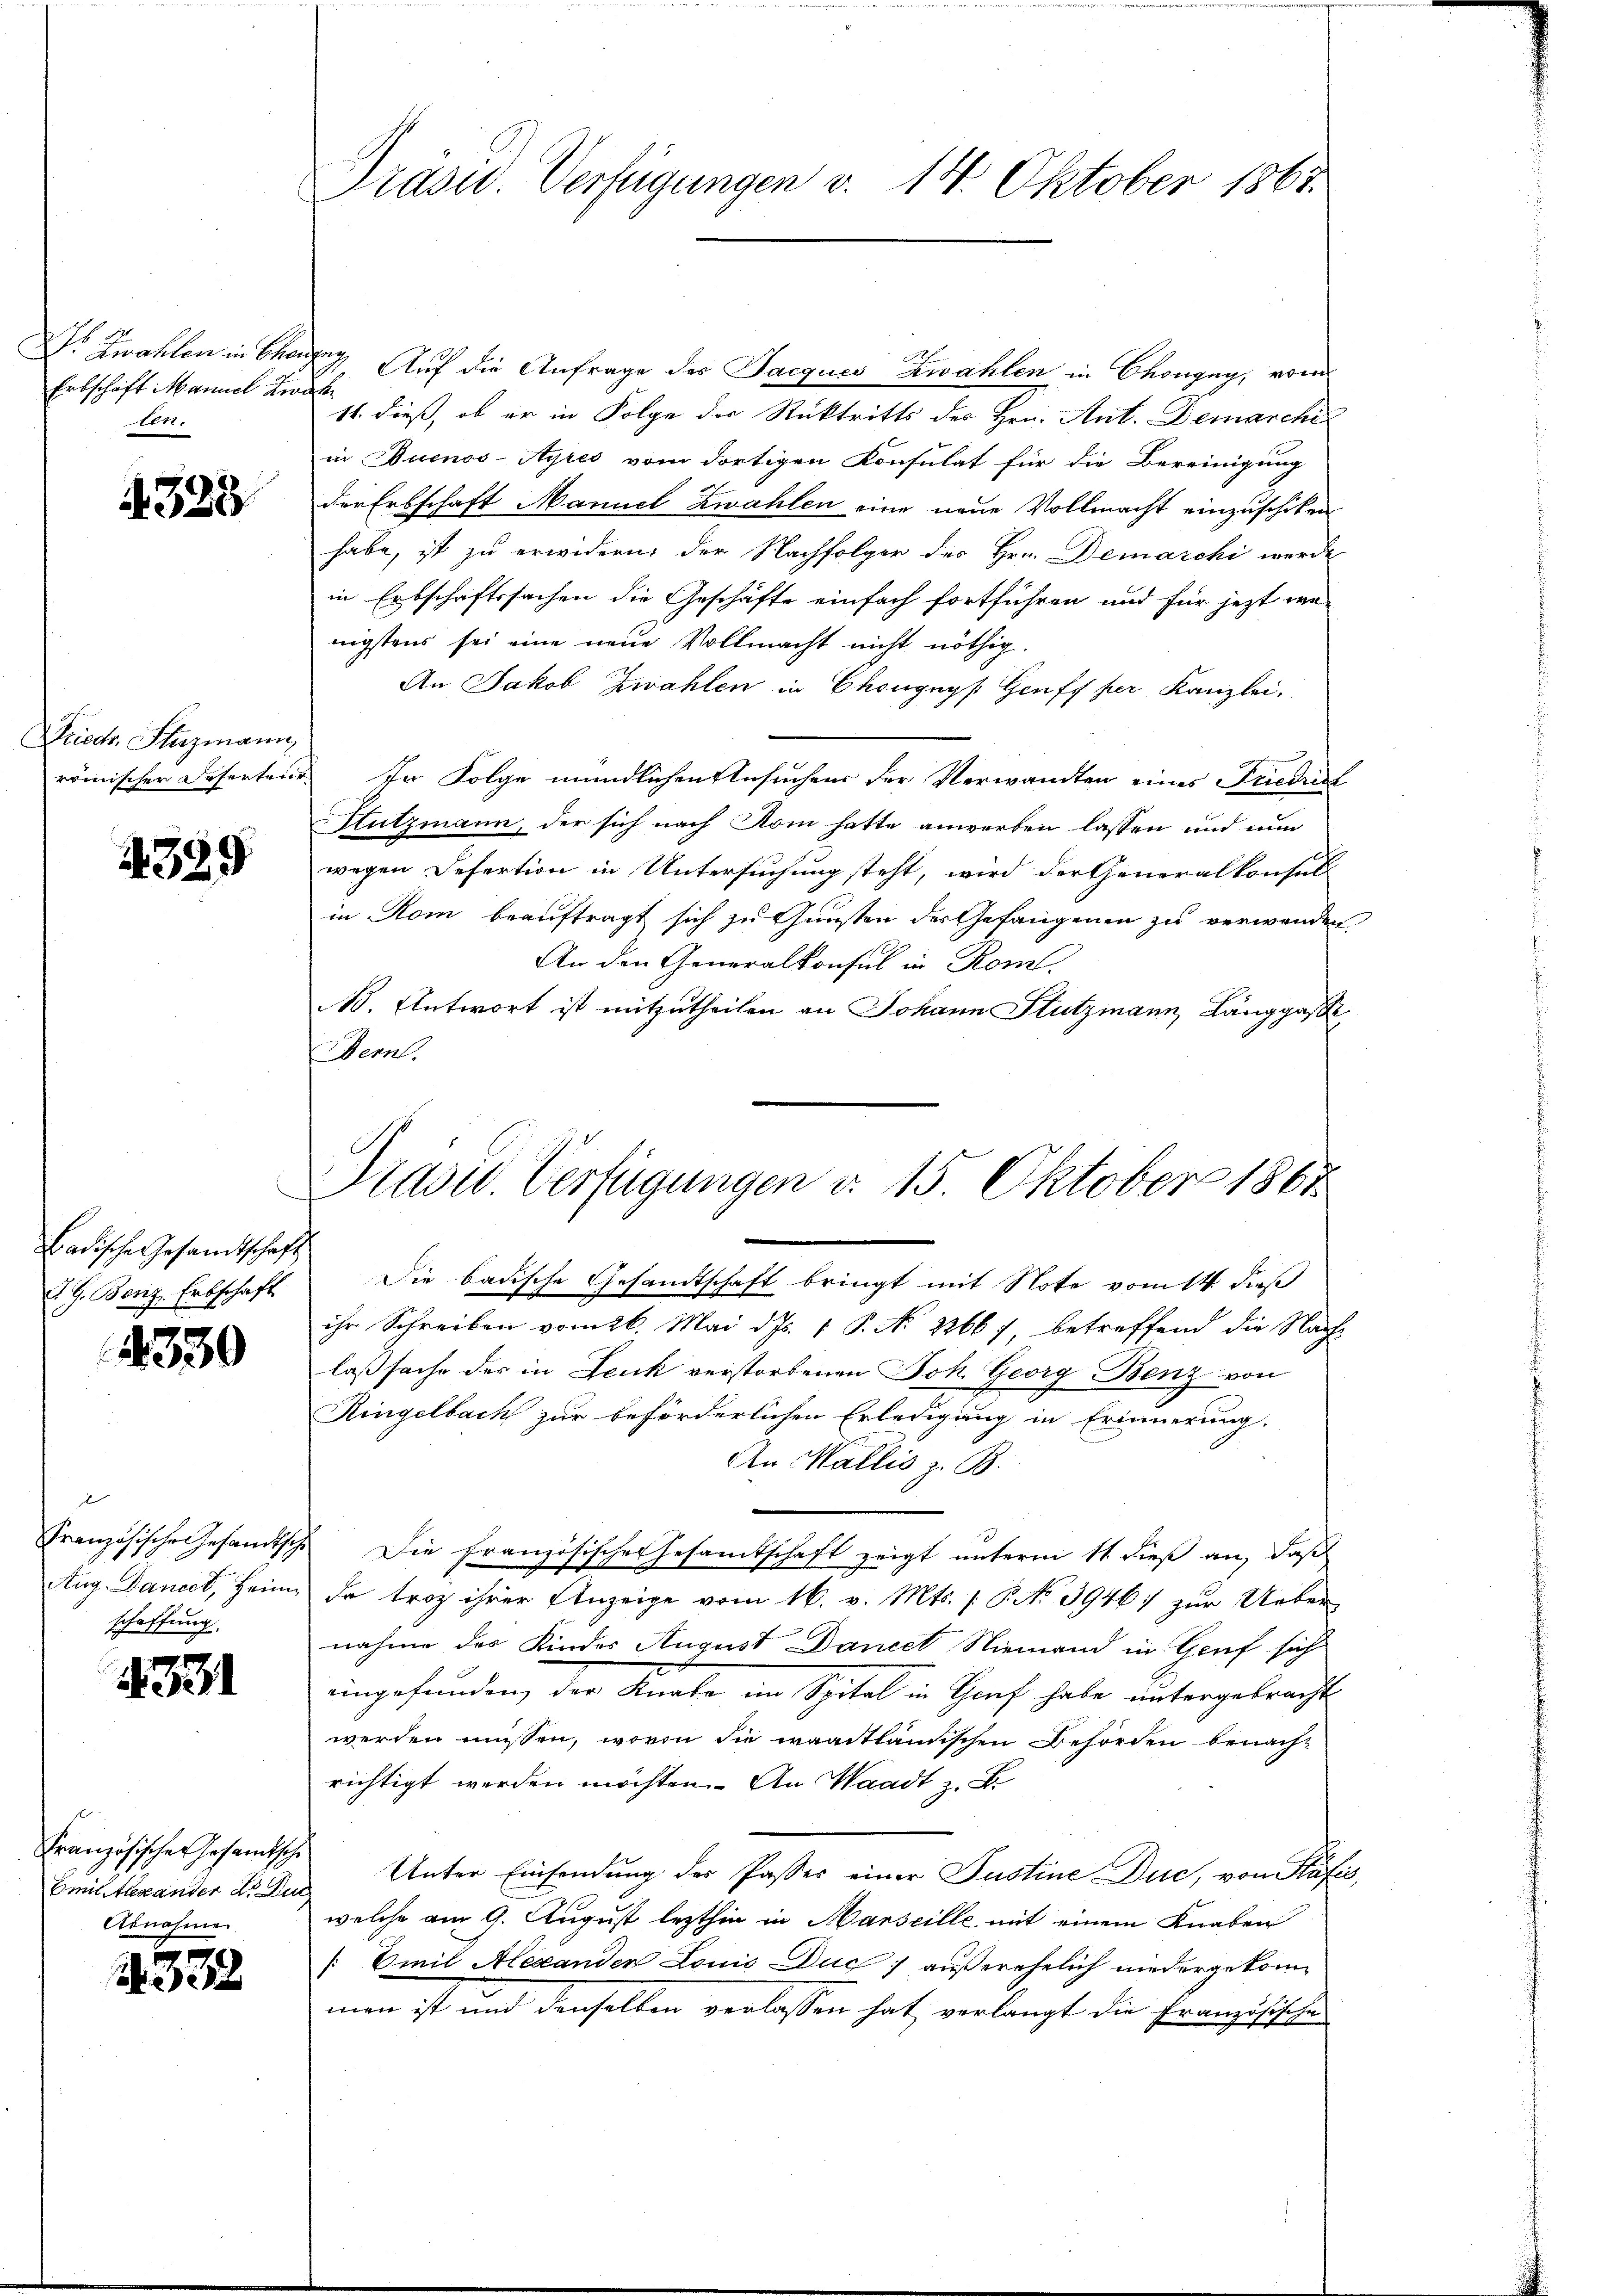
Ertschäft Mannel Zwick
ter.

4328

Friedr. Stuzmann,

4389

Badische Gesandtschaft
A. G. Bonz. Erbschaft

4330

r
schaffung.

4331

Französisches Gesandtsch
Abnahme

2332

Präsid. Verfügungen v. 14. Oktober 1867.

.
o Zwahlen in Charger Auf die Anfrage des Jacques zwahlen in Chongeg, vom
11. dieß, ob er in Folge der Rücktritts des Hrn. Ant. Demarchi
in Buenos-Ayres vom dortigen Konsulat für die Bereinigung
der Erbschaft Mannel Zwahlen eine neue Vollmacht einzuschiken
habe, ist zu erwidern: der Nachfolger des Hrn. Demarchi werde
in Erbschaftssachen die Geschäfte einfach fortführen und für jetzt we-
nigstens sei eine neue Vollmacht nicht nöthig.
An Jakob Zwahlen in Chongnys Genff per Kanzlei.
römischer Deserteur. In Folge mündlichen Ansuchens der Verwandten eines Friedricl
Hutzmann, der sich nach Rom hatte anworben lassen und nun
wegen Refertion in Untersuchung steht, wird der Generalkonsuls
in Rom beauftragt sich zu Gunsten der Gefangenen zu verwenden
An den Generalkonsul in Rom.
No. Antwort ist mitzutheilen an Johann Stutzmann, Länggasse
Bern.

Präsid. Verfügungen d. 15. Oktober 1867

Die badische Gesandtschaft bringt mit Note vom 14. daß
ihr Schreiben vom 26. Mai d. Js. 1 P. No 22667, betreffend die Nach-
laßsache des in Leuk verstorbenen Joh. Georg Benz von
Ringelbach zur beförderlichen Erledigung in Erinnerung.
An Wallis z. B.
Französische Gesandtsche Die französisches Gesamtschaft zeigt unterm 11. dieß an, daß
Aug. Daneck, Heim, da troz ihrer Anzeige vom 16. v. Mts. 1. P. No 3946:/ zur Ueber-
nahme der Kinder August Dancet Niemand in Genf sich
eingefunden, der Knabe im Spital in Schaaf habe untergebracht
werden müssen, wovon die waadtländischen Behörden benachrichtigt werden möchten. An Waadt z. B.
Emittlerander Dr. Zur Unter Einsendung der Passes einer Justine Duc, von Plafis
welche am 9. August lezthin in Marseille mit einem Knaben
/ Emil Alexanden Louis Duc ; außerehelich niedergekommen ist und denselben verlassen hat, verlangt die Französische